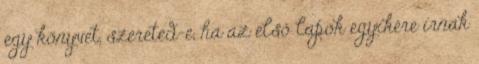
egy könyvet, szereted-e, ha az első lapok egyikére írnak